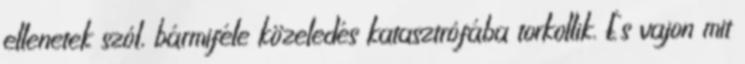
ellenetek szól, bármiféle közeledés katasztrófába torkollik. És vajon mit